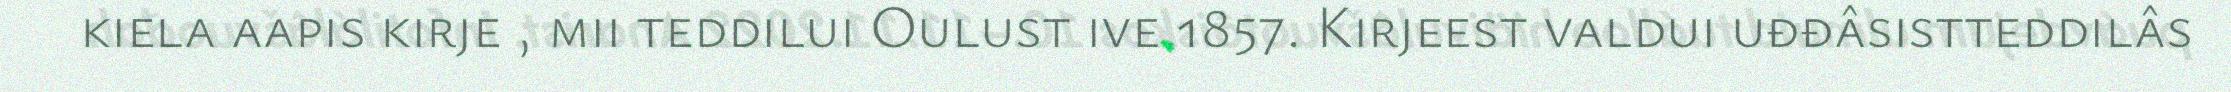
kiela aapis kirje , mii teddilui Oulust ive 1857. Kirjeest valdui uđđâsistteddilâs